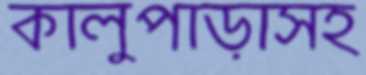
কালুপাড়াসহ